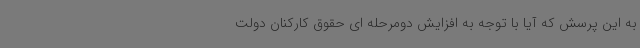
به این پرسش که آیا با توجه به افزایش دومرحله ای حقوق کارکنان دولت